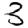
Digit: 3